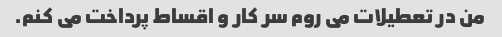
من در تعطیلات می روم سر کار و اقساط پرداخت می کنم.